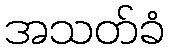
အသတ်ခံ